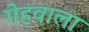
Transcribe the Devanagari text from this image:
गेहवाला